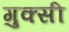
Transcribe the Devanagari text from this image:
गुक्सी